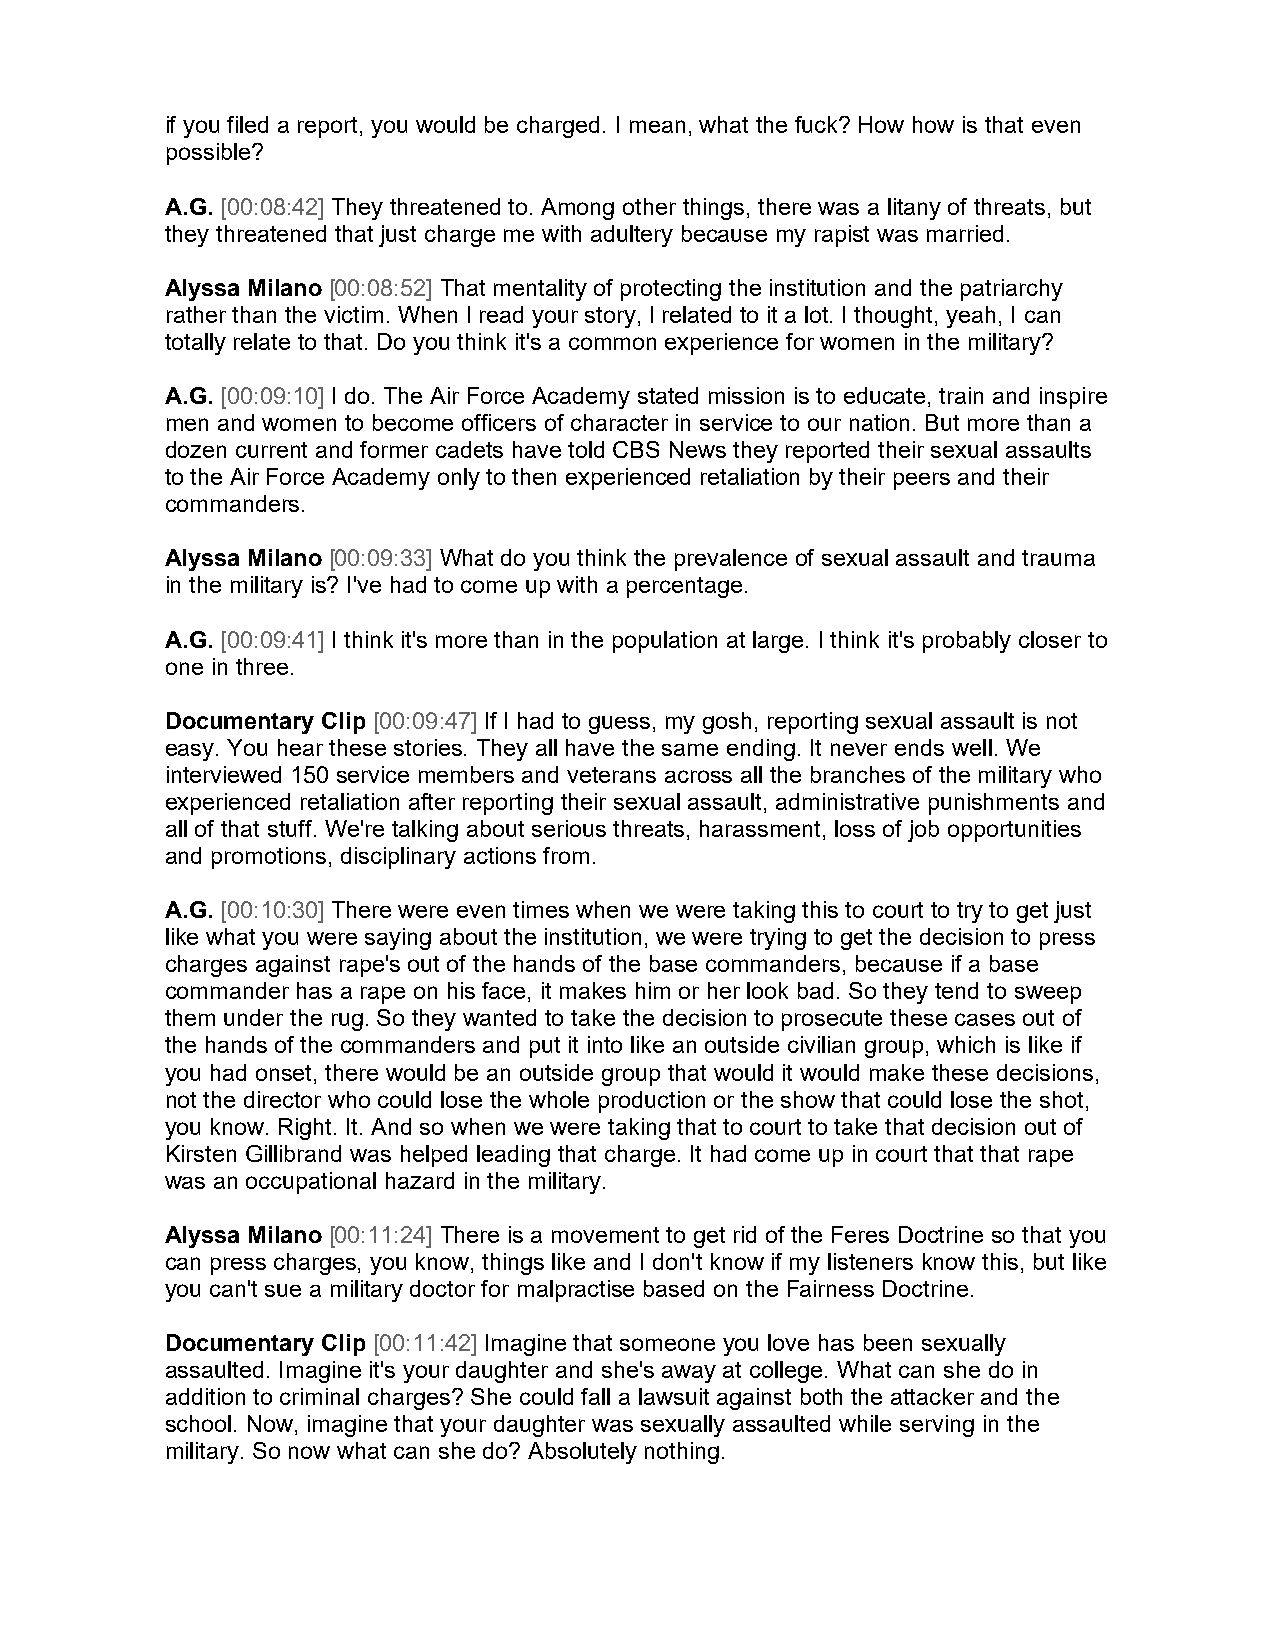
if you filed a report, you would be charged. I mean, what the fuck? How how is that even
 possible?
 A.G. [00:08:42] They threatened to. Among other things, there was a litany of threats, but
 they threatened that just charge me with adultery because my rapist was married.
 Alyssa Milano [00:08:52] That mentality of protecting the institution and the patriarchy
 rather than the victim. When I read your story, I related to it a lot. I thought, yeah, I can
 totally relate to that. Do you think it's a common experience for women in the military?
 A.G. [00:09:10] I do. The Air Force Academy stated mission is to educate, train and inspire
 men and women to become officers of character in service to our nation. But more than a
 dozen current and former cadets have told CBS News they reported their sexual assaults
 to the Air Force Academy only to then experienced retaliation by their peers and their
 commanders.
 Alyssa Milano [00:09:33] What do you think the prevalence of sexual assault and trauma
 in the military is? I've had to come up with a percentage.
 A.G. [00:09:41] I think it's more than in the population at large. I think it's probably closer to
 one in three.
 Documentary Clip [00:09:47] If I had to guess, my gosh, reporting sexual assault is not
 easy. You hear these stories. They all have the same ending. It never ends well. We
 interviewed 150 service members and veterans across all the branches of the military who
 experienced retaliation after reporting their sexual assault, administrative punishments and
 all of that stuff. We're talking about serious threats, harassment, loss of job opportunities
 and promotions, disciplinary actions from.
 A.G. [00:10:30] There were even times when we were taking this to court to try to get just
 like what you were saying about the institution, we were trying to get the decision to press
 charges against rape's out of the hands of the base commanders, because if a base
 commander has a rape on his face, it makes him or her look bad. So they tend to sweep
 them under the rug. So they wanted to take the decision to prosecute these cases out of
 the hands of the commanders and put it into like an outside civilian group, which is like if
 you had onset, there would be an outside group that would it would make these decisions,
 not the director who could lose the whole production or the show that could lose the shot,
 you know. Right. It. And so when we were taking that to court to take that decision out of
 Kirsten Gillibrand was helped leading that charge. It had come up in court that that rape
 was an occupational hazard in the military.
 Alyssa Milano [00:11:24] There is a movement to get rid of the Feres Doctrine so that you
 can press charges, you know, things like and I don't know if my listeners know this, but like
 you can't sue a military doctor for malpractise based on the Fairness Doctrine.
 Documentary Clip [00:11:42] Imagine that someone you love has been sexually
 assaulted. Imagine it's your daughter and she's away at college. What can she do in
 addition to criminal charges? She could fall a lawsuit against both the attacker and the
 school. Now, imagine that your daughter was sexually assaulted while serving in the
 military. So now what can she do? Absolutely nothing.